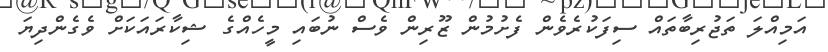
އަމިއްލަ ތަޖުރިބާތައް ސިފަކުރެވެން ފެށުމުން ޒޫރިން ވެސް ނުބައި މީހެއްގެ ޝިކާރައަކަށް ވެގެންދިޔަ